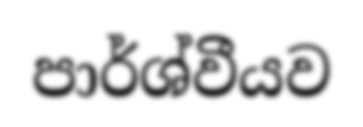
පාර්ශ්වීයව